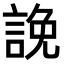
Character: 𧨕